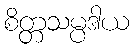
စိတ္တသမ္ပဒါယ